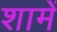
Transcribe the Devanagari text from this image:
शामें